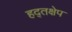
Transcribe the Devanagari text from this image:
हद्तक्षेप